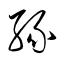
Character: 縁